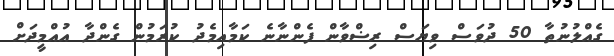
ގެއްލުނުތާ 50 ދުވަސް ވިޔަސް ރިޟްވާން ފެންނާނެ ކަމާއިމެދު ކުރަމުން ގެންދާ އުއްމީދަށް